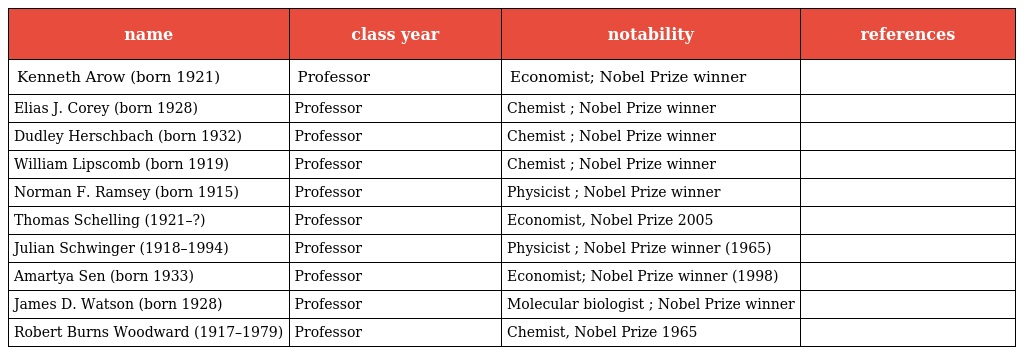
| name | class year | notability | references |
 | --- | --- | --- | --- |
 | Kenneth Arow (born 1921) | Professor | Economist; Nobel Prize winner |  |
 | Elias J. Corey (born 1928) | Professor | Chemist ; Nobel Prize winner |  |
 | Dudley Herschbach (born 1932) | Professor | Chemist ; Nobel Prize winner |  |
 | William Lipscomb (born 1919) | Professor | Chemist ; Nobel Prize winner |  |
 | Norman F. Ramsey (born 1915) | Professor | Physicist ; Nobel Prize winner |  |
 | Thomas Schelling (1921–?) | Professor | Economist, Nobel Prize 2005 |  |
 | Julian Schwinger (1918–1994) | Professor | Physicist ; Nobel Prize winner (1965) |  |
 | Amartya Sen (born 1933) | Professor | Economist; Nobel Prize winner (1998) |  |
 | James D. Watson (born 1928) | Professor | Molecular biologist ; Nobel Prize winner |  |
 | Robert Burns Woodward (1917–1979) | Professor | Chemist, Nobel Prize 1965 |  |